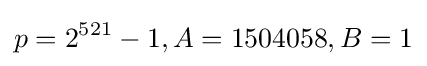
p=2^{521}-1,A=1504058,B=1